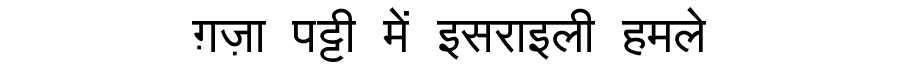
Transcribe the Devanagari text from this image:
ग़ज़ा पट्टी में इसराइली हमले